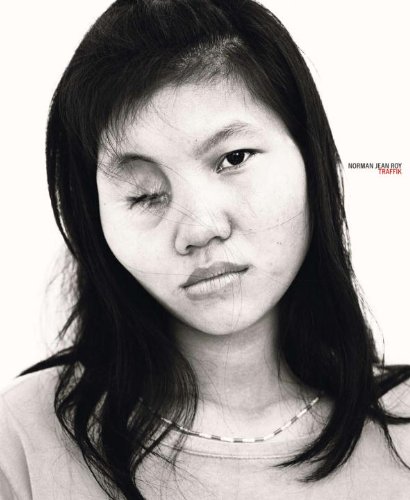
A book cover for Traffik; Norman Jean Roy; Arts & Photography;